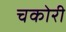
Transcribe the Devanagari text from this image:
चकोरी